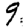
Digit: 9